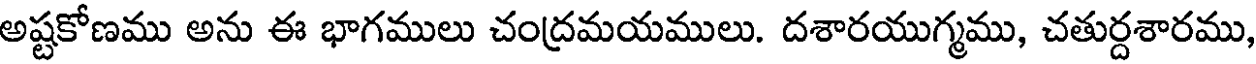
అష్టకోణము అను ఈ భాగములు చంద్రమయములు. దశారయుగ్మము, చతుర్దశారము,